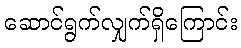
ဆောင်ရွက်လျှက်ရှိကြောင်း